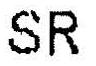
SR